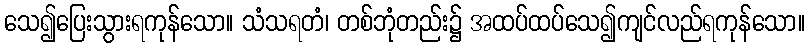
သေ၍ပြေးသွားရကုန်သော။ သံသရတံ၊ တစ်ဘုံတည်း၌ အထပ်ထပ်သေ၍ကျင်လည်ရကုန်သော။